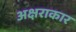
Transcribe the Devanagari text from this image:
अक्षराकार